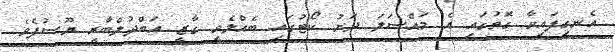
އެނގިފައިވާ ގޮތުގައި އެ މައްސަލަ ދަށު ކޯޓުގައި ބެއްލެވީ ގާޒީ އަބްދުލްބާރީ ޔޫސުފެވެ.